Vaccination in Bombay 1913-1923 - 1913-1923
Year: 1913
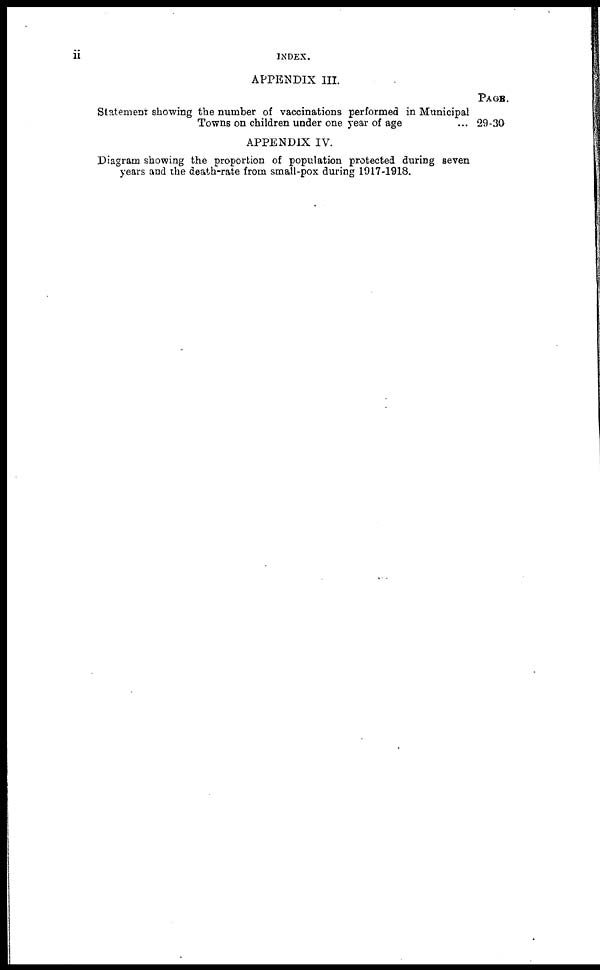
ii
INDEX.
APPENDIX III.
PAGE.
Statement showing the number of vaccinations performed in Municipal
Towns on children under one year of age
29-30
APPENDIX IV.
Diagram showing the proportion of population protected during seven
years and the death-rate from small-pox during 1917-1918.